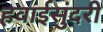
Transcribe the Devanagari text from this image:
हवाईसुंदरी